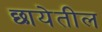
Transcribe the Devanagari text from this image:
छायेतील